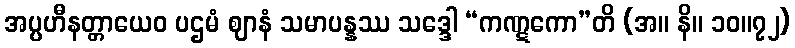
အပ္ပဟီနတ္တာယေဝ ပဌမံ ဈာနံ သမာပန္နဿ သဒ္ဒေါ “ကဏ္ဋကော”တိ (အ။ နိ။ ၁၀။၇၂)